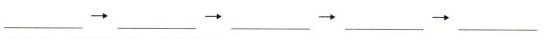
___\rightarrow___\rightarrow___\rightarrow___\rightarrow___